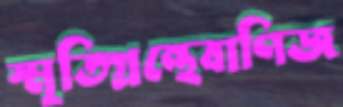
স্মৃতিগ্রন্থেবাণিজ